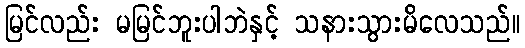
မြင်လည်း မမြင်ဘူးပါဘဲနှင့် သနားသွားမိလေသည်။